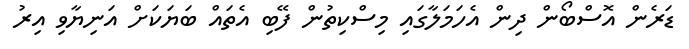
ޑަރެން އޮސްބޯން ދިން އެހަމަލާގައި މިސްކިތުން ފޭބި އެތައް ބަޔަކަށް އަނިޔާވި އިރު